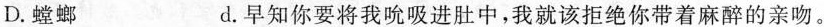
D.螳螂 d.早知你要将我吮吸进肚中，我就该拒绝你带着麻醉的亲吻。